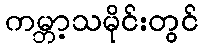
ကမ္ဘာ့သမိုင်းတွင်